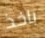
باخذ